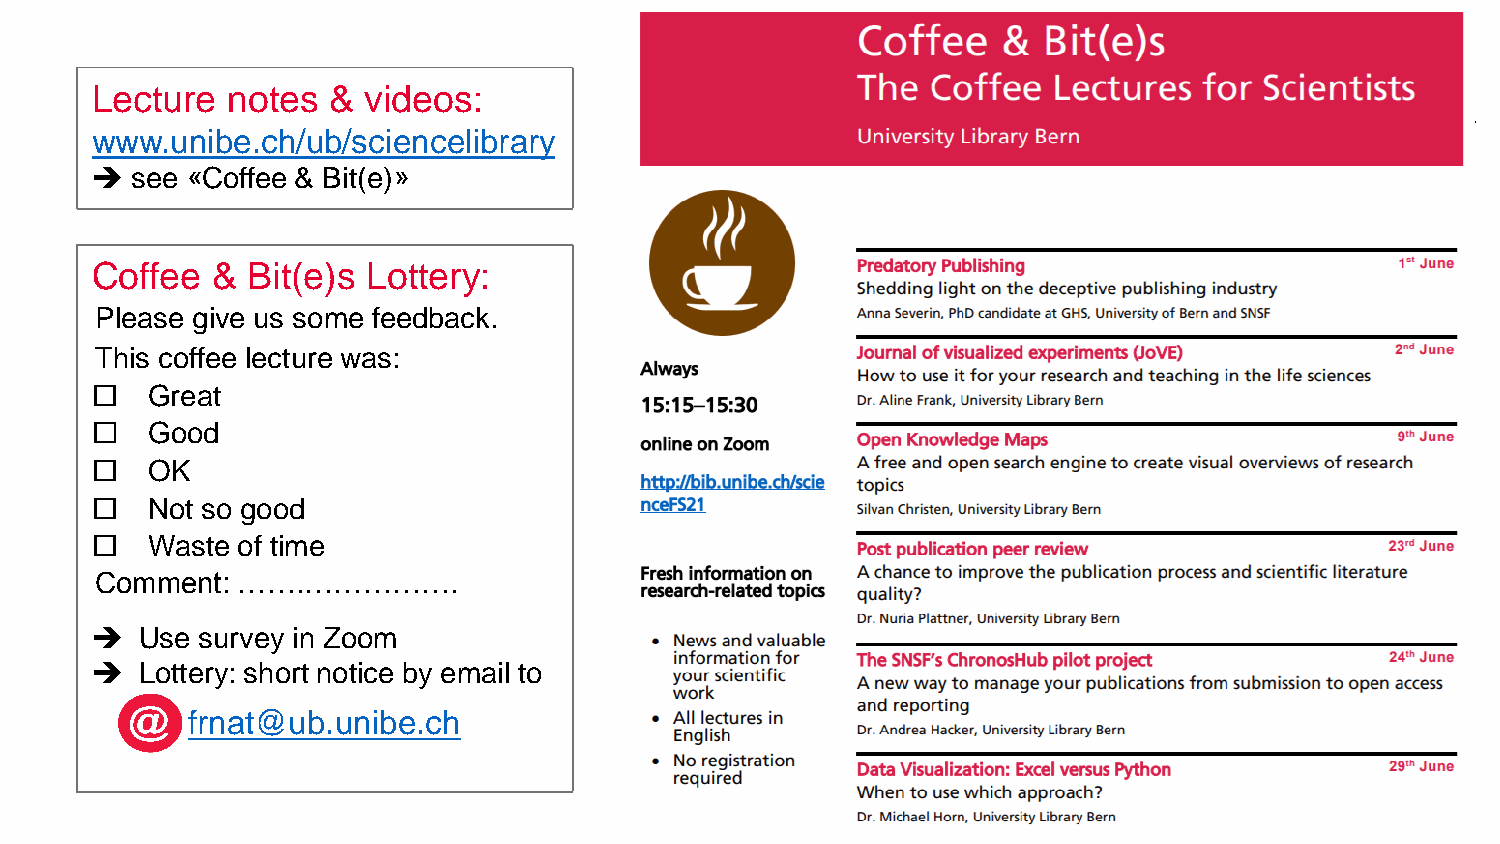
Lecture  notes  & videos:
 www.unibe.ch/ub/sciencelibrary
   see «Coffee & Bit(e)»
 Coffee  & Bit(e)s Lottery:
 Please give us some feedback.
 This coffee lecture was:
    Great
    Good
    OK
    Not so good
    Waste of time
 Comment:  …….…………….
   Use survey in Zoom
   Lottery: short notice by email to
 frnat@ub.unibe.ch